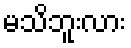
မသိဘူးလား